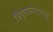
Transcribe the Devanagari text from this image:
त्रिगुणामेतामाहु